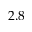
2 . 8